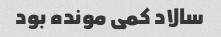
سالاد کمی مونده بود